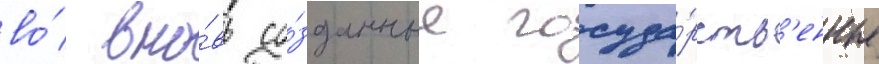
во́ вно́вь со́зданные госуда́рств'енные